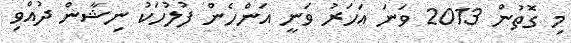
މި ގޮތުން 2013 ވަނަ އަހަރު ވަނީ އަންހެން ފުލުހަކު ނިޝާން ދުއްވި